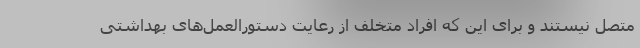
متصل نیستند و برای این که افراد متخلف از رعایت دستورالعمل‌های بهداشتی